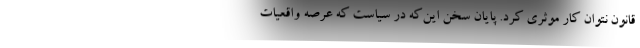
قانون نتوان کار موثری کرد. پایان سخن این‌که در سیاست که عرصه واقعیات